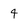
Character: 4